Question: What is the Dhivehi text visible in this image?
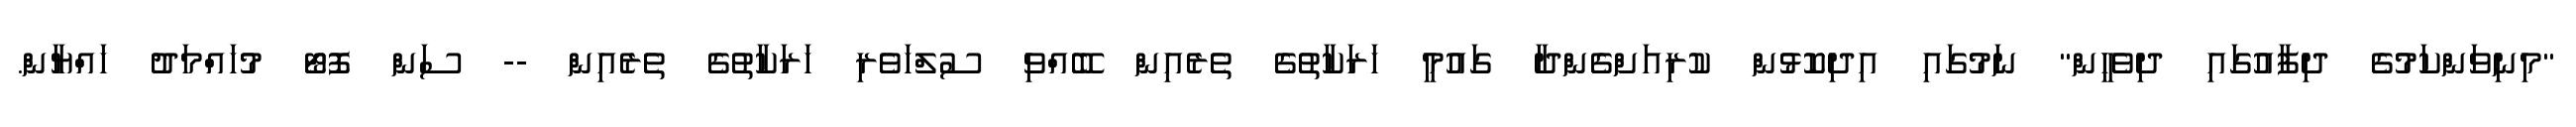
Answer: "މިނިވަންކަމުގެ ދިފާއުގައި ދިވެހީން" ނަމުގައި އިދިކޮޅުން ކުރިއަށްގެންދާ ގައުމީ ހަރަކާތުގެ ތެރެއިން ބޭއްވި ސުލްހަވެރި ހަރަކާތުގެ ތެރެއިން -- ސަން ފޮޓޯ މުހައްމަދު ހައްޔާން.